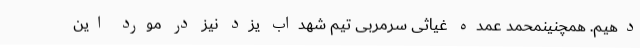
دهیم. همچنینمحمد عمده‌ غیاثی سرمربی تیم شهداب یزد نیز در مورد این